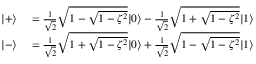
\begin{array} { r l } { | + \rangle } & { { } = \frac { 1 } { \sqrt { 2 } } \sqrt { 1 - \sqrt { 1 - \zeta ^ { 2 } } } | 0 \rangle - \frac { 1 } { \sqrt { 2 } } \sqrt { 1 + \sqrt { 1 - \zeta ^ { 2 } } } | 1 \rangle } \\ { | - \rangle } & { { } = \frac { 1 } { \sqrt { 2 } } \sqrt { 1 + \sqrt { 1 - \zeta ^ { 2 } } } | 0 \rangle + \frac { 1 } { \sqrt { 2 } } \sqrt { 1 - \sqrt { 1 - \zeta ^ { 2 } } } | 1 \rangle } \end{array}